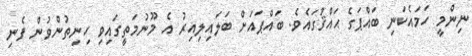
ނިންމީ ހަމައެކަނި ބައްޕަގެ ޙައްޤުގައެވެ. ބައްޕައަށް ބަލައިލިއިރު އެ މޫނުމަތީގައިވި ހިނިތުންވުން ފެނި